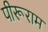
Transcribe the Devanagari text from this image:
पीरूराम